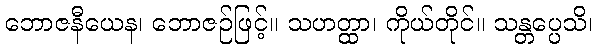
ဘောဇနီယေန၊ ဘောဇဉ်ဖြင့်။ သဟတ္ထာ၊ ကိုယ်တိုင်။ သန္တပ္ပေသိ၊